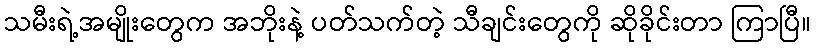
သမီးရဲ့အမျိုးတွေက အဘိုးနဲ့ ပတ်သက်တဲ့ သီချင်းတွေကို ဆိုခိုင်းတာ ကြာပြီ။